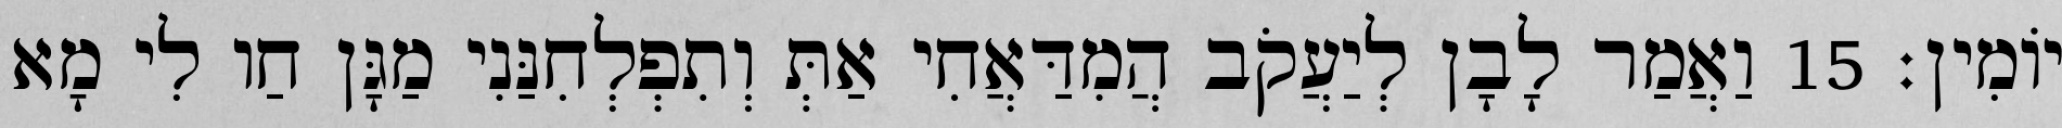
יוֹמִין׃ 15 וַאֲמַר לָבָן לְיַעֲקֹב הֲמִדַּאֲחִי אַתְּ וְתִפְלְחִנַּנִי מַגָּן חַו לִי מָא